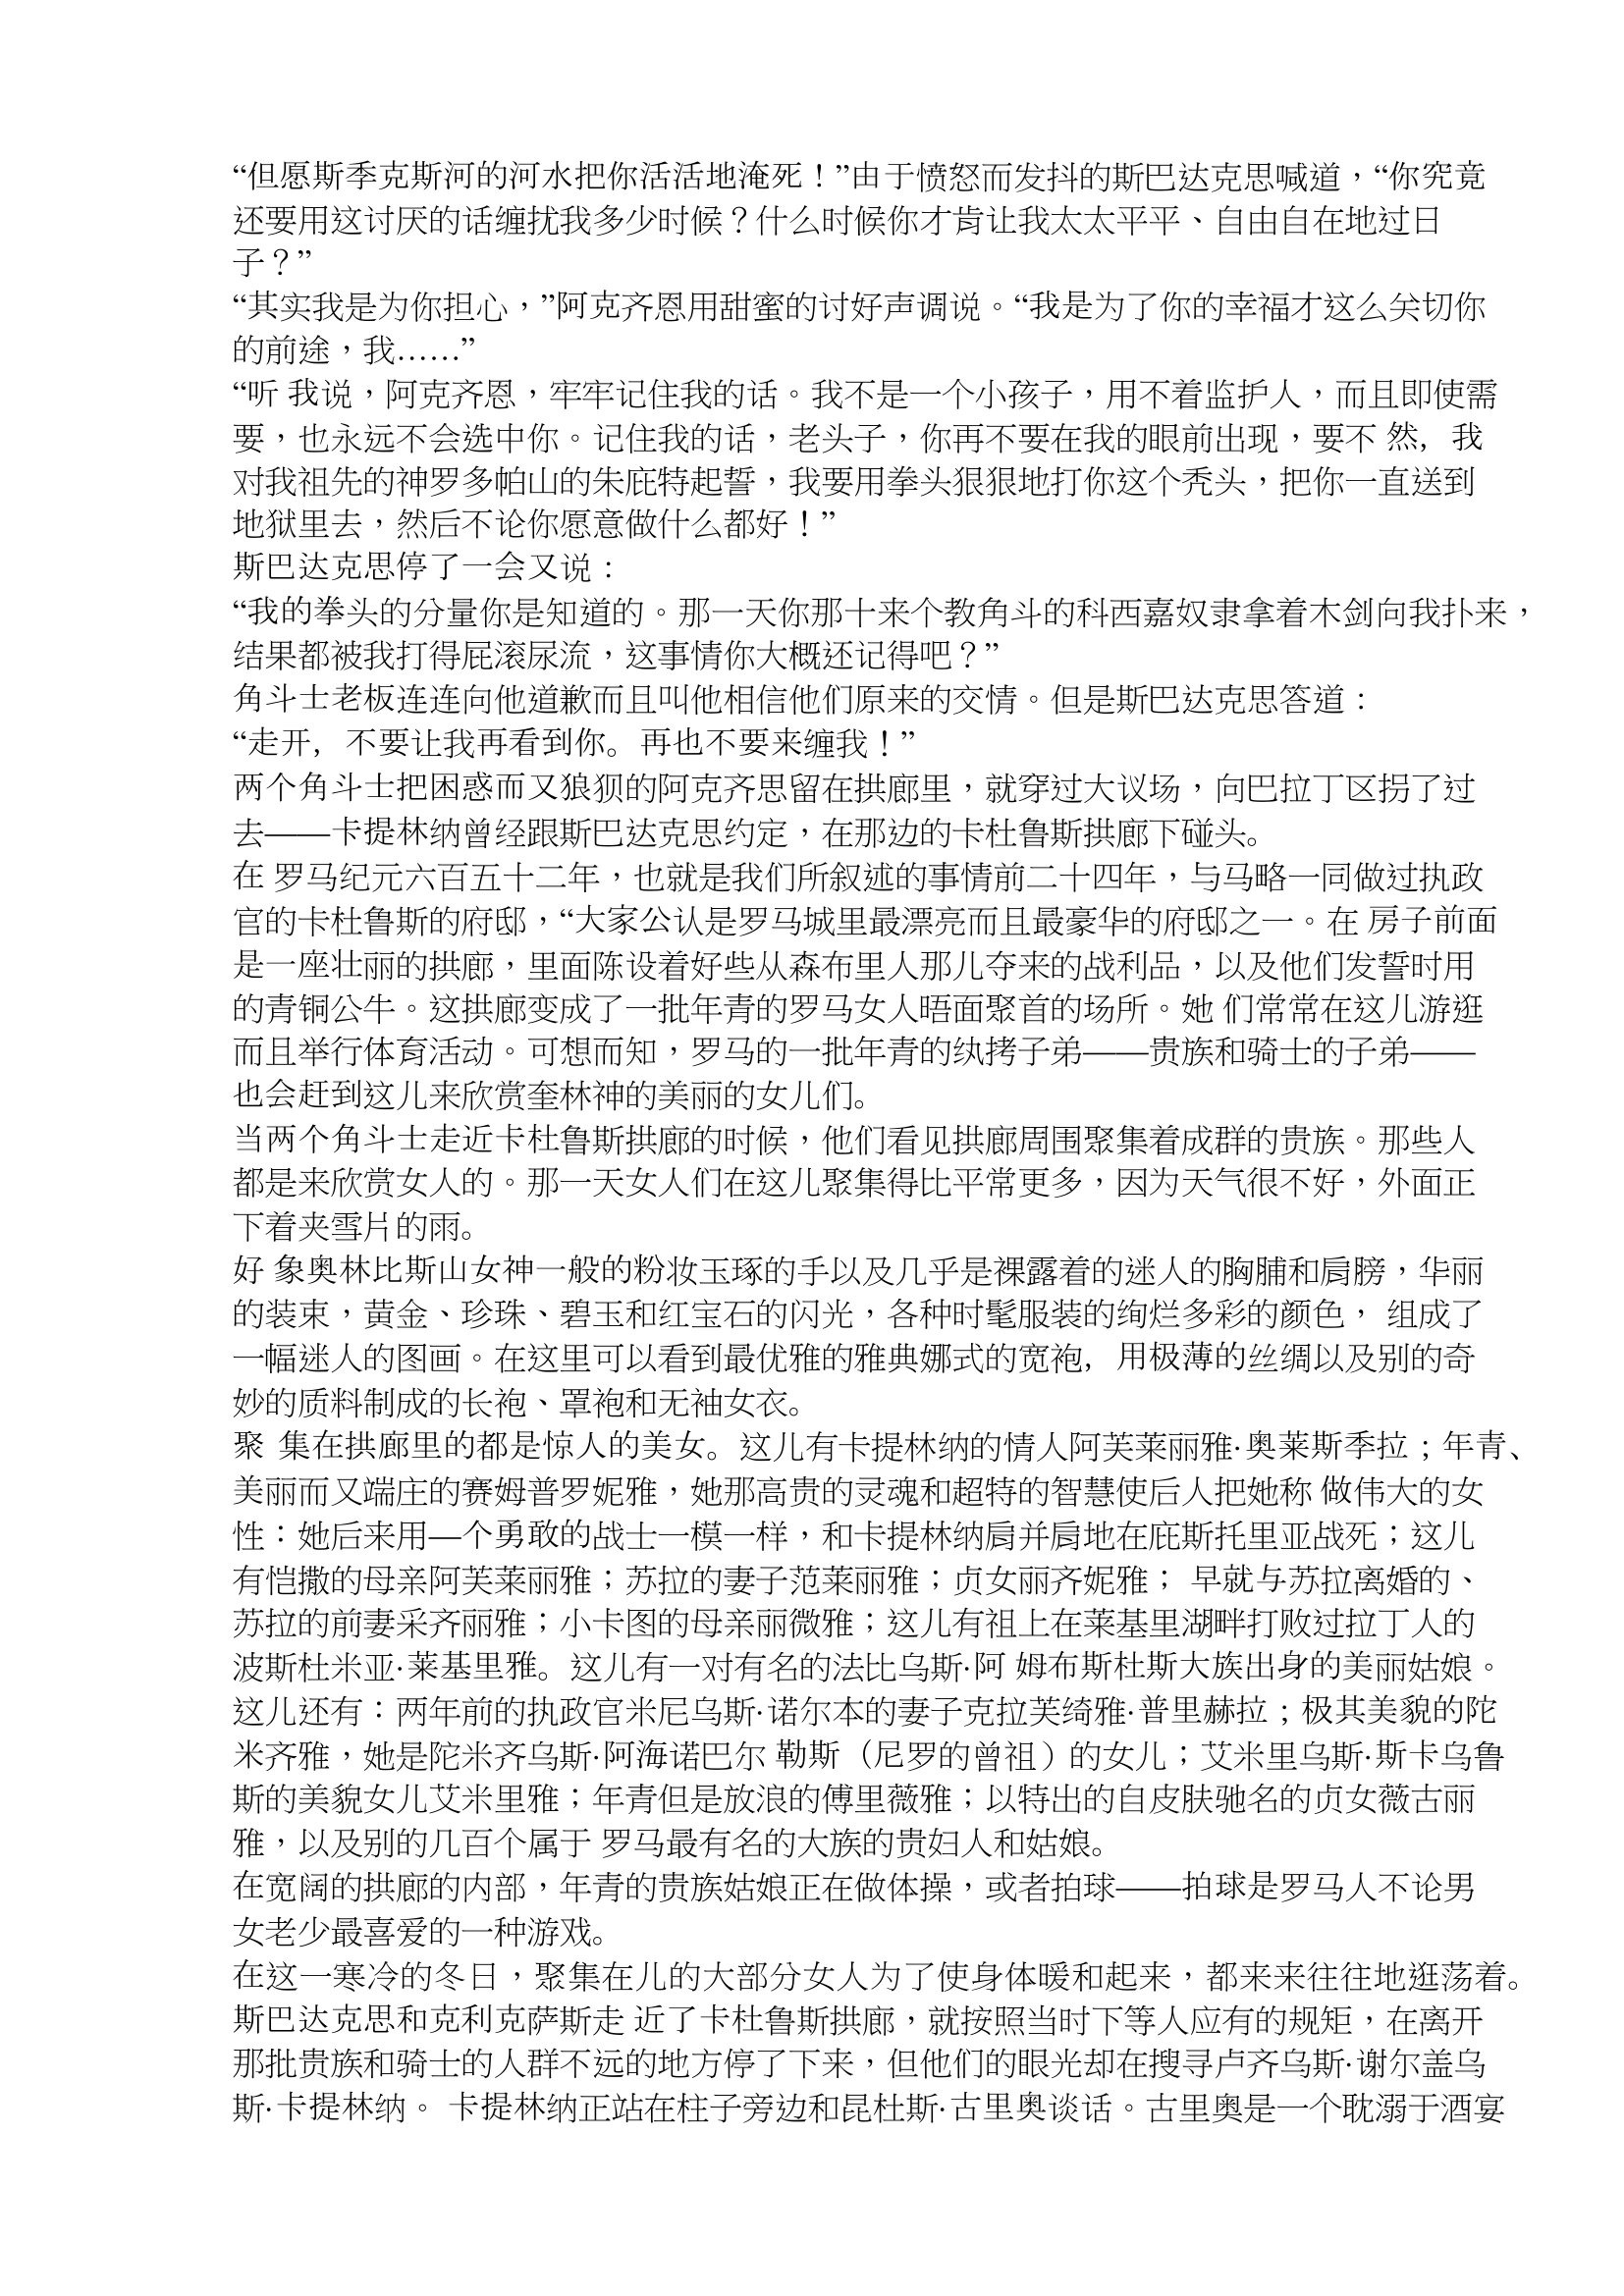
Language: zh